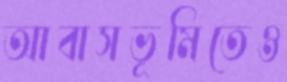
আবাসভূমিতেও